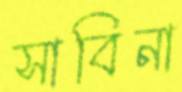
সাবিনা